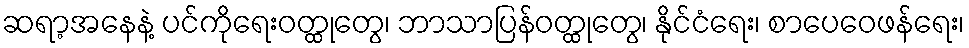
ဆရာ့အနေနဲ့ ပင်ကိုရေးဝတ္ထုတွေ၊ ဘာသာပြန်ဝတ္ထုတွေ၊ နိုင်ငံရေး၊ စာပေဝေဖန်ရေး၊